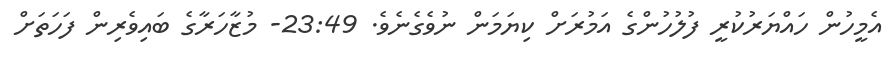
އެމީހުން ހައްޔަރުކުރީ ފުލުހުންގެ އަމުރަށް ކިޔަމަން ނުވެގެނެވެ. 23:49- މުޒާހަރާގެ ބައިވެރިން ފަހަތަށް